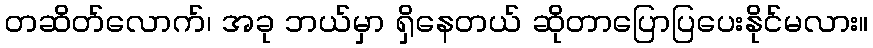
တဆိတ်လောက်၊ အခု ဘယ်မှာ ရှိနေတယ် ဆိုတာပြောပြပေးနိုင်မလား။